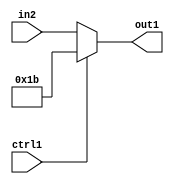
`timescale 1ps / 1ps
/*****************************************************************************
    Verilog RTL Description
    
    
    Created by: CellMath Designer 2019.1.01 
*******************************************************************************/

module fix2float_Muxi27u5u1_4_3 (
	in2,
	ctrl1,
	out1
	); /* architecture "behavioural" */ 
input [4:0] in2;
input  ctrl1;
output [4:0] out1;
wire [4:0] asc001;

reg [4:0] asc001_tmp_0;
assign asc001 = asc001_tmp_0;
always @ (ctrl1 or in2) begin
	case (ctrl1)
		1'B1 : asc001_tmp_0 = 5'B11011 ;
		default : asc001_tmp_0 = in2 ;
	endcase
end

assign out1 = asc001;
endmodule

/* CADENCE  uLPySw8= : u9/ySgnWtBlWxVPRXgAZ4Og= ** DO NOT EDIT THIS LINE ******/